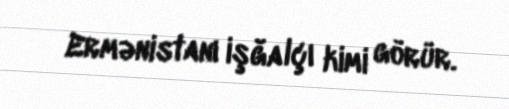
Ermənistanı işğalçı kimi görür.